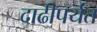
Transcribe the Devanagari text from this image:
दाढीपर्यंत